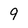
Character: 9